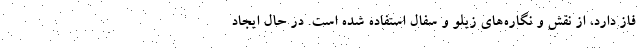
فاز دارد، از نقش و نگاره‌های زیلو و سفال استفاده شده است. در حال ایجاد